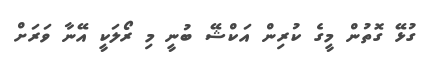
ގުޅޭ ގޮތުން މީގެ ކުރިން އަކްޝޭ ބުނީ މި ރޯލަކީ އޭނާ ވަރަށް